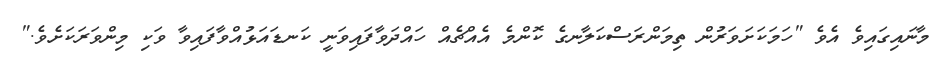
މާނައިގައިވެ އެވެ "ހަމަކަށަވަރުން ތިމަންރަސްކަލާނގެ ކޮންމެ އެއްޗެއް ހައްދަވާފައިވަނީ ކަނޑައަޅުއްވާފައިވާ ވަކި މިންވަރަކަށެވެ."